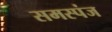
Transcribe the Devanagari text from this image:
समस्पंज